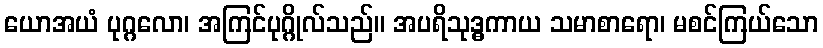
ယောအယံ ပုဂ္ဂလော၊ အကြင်ပုဂ္ဂိုလ်သည်။ အပရိသုဒ္ဓကာယ သမာစာရော၊ မစင်ကြယ်သော